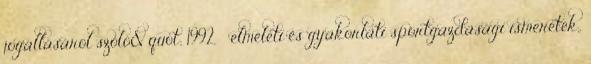
jogállásáról szóló&quot; 1992.  elméleti és gyakorlati sportgazdasági ismeretek,.